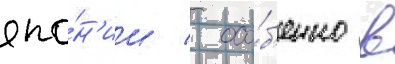
япо́н'ии / осо́б'енно в